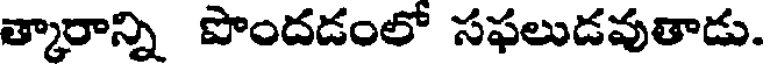
త్కారాన్ని పొందడంలో సఫలుడవుతాడు.